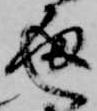
通